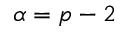
\alpha = p - 2